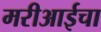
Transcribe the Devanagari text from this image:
मरीआईचा